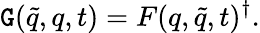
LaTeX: \mathtt{G}(\widetilde{{q}},q,t)=F(q,\widetilde{{q}},t)^{\dagger}.